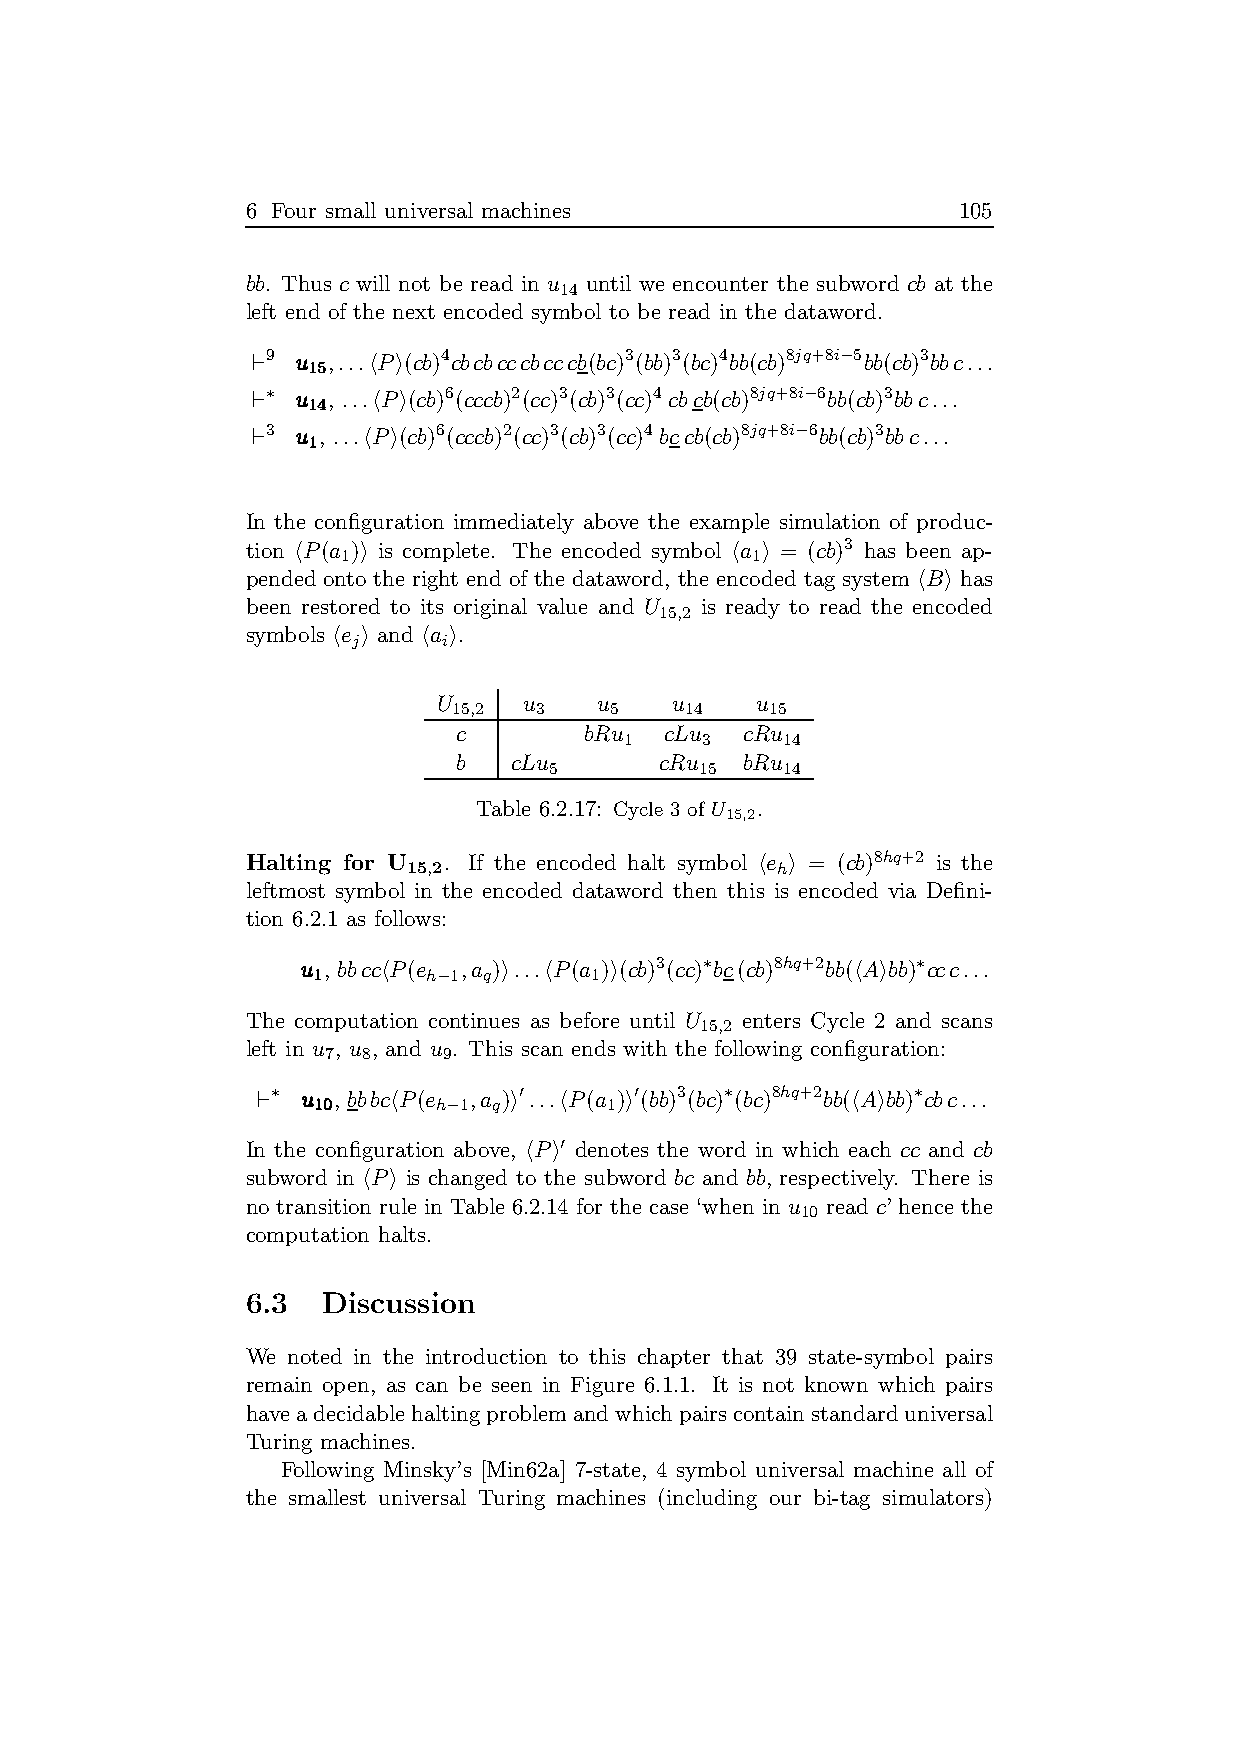
6 Four small universal machines                105
 bb. Thus c will not be read in u until we encounter the subword cb at the
 14
 left end of the next encoded symbol to be read in the dataword.
 ⊢9 uuu ,...hPi(cb)4cbcbcccbcccb(bc)3(bb)3(bc)4bb(cb)8jq+8i−5bb(cb)3bbc...
 111555
 ⊢∗ uuu , ...hPi(cb)6(cccb)2(cc)3(cb)3(cc)4 cbcb(cb)8jq+8i−6bb(cb)3bbc...
 111444
 ⊢3 uuu , ...hPi(cb)6(cccb)2(cc)3(cb)3(cc)4 bccb(cb)8jq+8i−6bb(cb)3bbc...
 111
 In the configuration immediately above the example simulation of produc-
 tion hP(a )i is complete. The encoded symbol ha i = (cb)3 has been ap-
 1                          1
 pended onto the right end of the dataword, the encoded tag system hBi has
 been restored to its original value and U is ready to read the encoded
 15,2
 symbols he i and ha i.
 j     i
 U     u    u    u    u
 15,2 3    5    14    15
 c        bRu  cLu  cRu
 1    3     14
 b   cLu       cRu  bRu
 5         15    14
 Table 6.2.17: Cycle 3 of U15,2.
 Halting for U15,2. If the encoded halt symbol he hi = (cb)8hq+2 is the
 leftmost symbol in the encoded dataword then this is encoded via Defini-
 tion 6.2.1 as follows:
 uuu , bbcchP(e ,a )i...hP(a )i(cb)3(cc)∗bc(cb)8hq+2bb(hAibb)∗ccc...
 111    h−1 q      1
 The computation continues as before until U enters Cycle 2 and scans
 15,2
 left in u , u , and u . This scan ends with the following configuration:
 7 8    9
 ⊢∗ uuu , bbbchP(e ,a )i′...hP(a )i′(bb)3(bc)∗(bc)8hq+2bb(hAibb)∗cbc...
 111000  h−1 q      1
 In the configuration above, hPi′ denotes the word in which each cc and cb
 subword in hPi is changed to the subword bc and bb, respectively. There is
 no transition rule in Table 6.2.14 for the case ‘when in u read c’ hence the
 10
 computation halts.
 6.3  Discussion
 We noted in the introduction to this chapter that 39 state-symbol pairs
 remain open, as can be seen in Figure 6.1.1. It is not known which pairs
 haveadecidablehaltingproblemandwhichpairscontainstandarduniversal
 Turing machines.
 Following Minsky’s [Min62a] 7-state, 4 symbol universal machine all of
 the smallest universal Turing machines (including our bi-tag simulators)